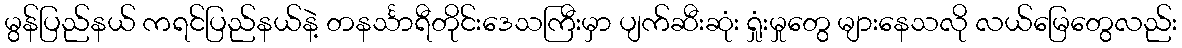
မွန်ပြည်နယ် ကရင်ပြည်နယ်နဲ့ တနင်္သာရီတိုင်းဒေသကြီးမှာ ပျက်ဆီးဆုံး ရှုံးမှုတွေ များနေသလို လယ်မြေတွေလည်း